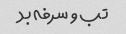
تب و سرفه بد